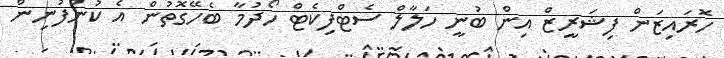
ހޮރައިޒަން ފިޝަރީޒް އިން ބުނީ ހަލާލް ސެޓްފިކެޓް ހޯދުމާ ބެހޭގޮތުން އެ ކުންފުނިން